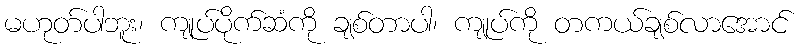
မဟုတ်ပါဘူး၊ ကျုပ်ပိုက်ဆံကို ချစ်တာပါ၊ ကျုပ်ကို တကယ်ချစ်လာအောင်